Scottish Certificate of Education, 1962
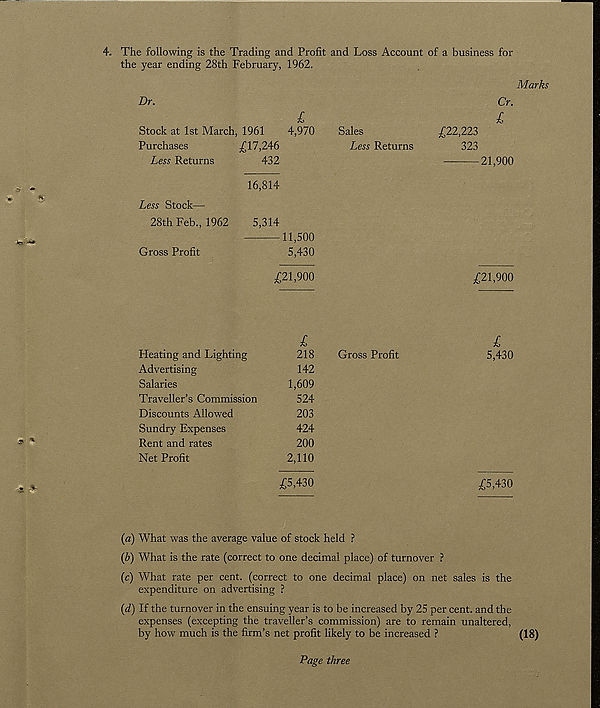
4. The following is the Trading and Profit and Loss Account of a business for
the year ending 28th February, 1962.
Marks
Cr.
£
£
4,970
Sales
£22,223
Less Returns
323
21,900
16,814
Dr.
Stock at 1st March, 1961
Purchases
£17,246
Less Returns
432
Less Stock—-
28th Feb., 1962
5,314
11,500
Gross Profit
5,430
£21,900
£21,900
l
Heating and Lighting
218
Advertising
142
Salaries
1,609
Traveller’s Commission
524
Discounts Allowed
203
Sundry Expenses
424
Rent and rates
200
Net Profit
2,110
£5,430
£
Gross Profit
5,430
£5,430
(a) What was the average value of stock held ?
(I?) What is the rate (correct to one decimal place) of turnover ?
(c) What rate per cent, (correct to one decimal place) on net sales is the
expenditure on advertising ?
(d) If the turnover in the ensuing year is to be increased by 25 per cent, and the
expenses (excepting the traveller’s commission) are to remain unaltered,
by how much is the firm’s net profit likely to be increased ?
(18)
Page three